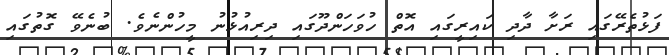
ފަޅުތެރޭގައި ރަށާ ދާދި ކައިރީގައި އޮތް ހުވަހަންދޫގައި ދިރިއުޅުނު މީހުންނެވެ. ބުނެވޭ ގޮތުގައި